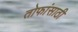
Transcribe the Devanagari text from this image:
तोफांसाठी